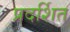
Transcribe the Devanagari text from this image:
प्रदर्शित